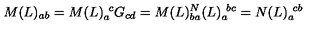
M ( L ) _ { a b } = M ( L ) _ { a } ^ { \ c } G _ { c d } = M ( L ) _ { b a } \sp N ( L ) _ { a } ^ { \ b c } = N ( L ) _ { a } ^ { \ c b }